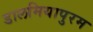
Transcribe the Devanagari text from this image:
डालमियापुरम